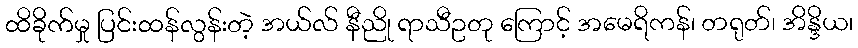
ထိခိုက်မှု ပြင်းထန်လွန်းတဲ့ အယ်လ် နီညို ရာသီဥတု ကြောင့် အမေရိကန်၊ တရုတ်၊ အိန္ဒိယ၊